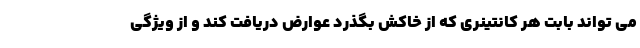
می تواند بابت هر کانتینری که از خاکش بگذرد عوارض دریافت کند و از ویژگی